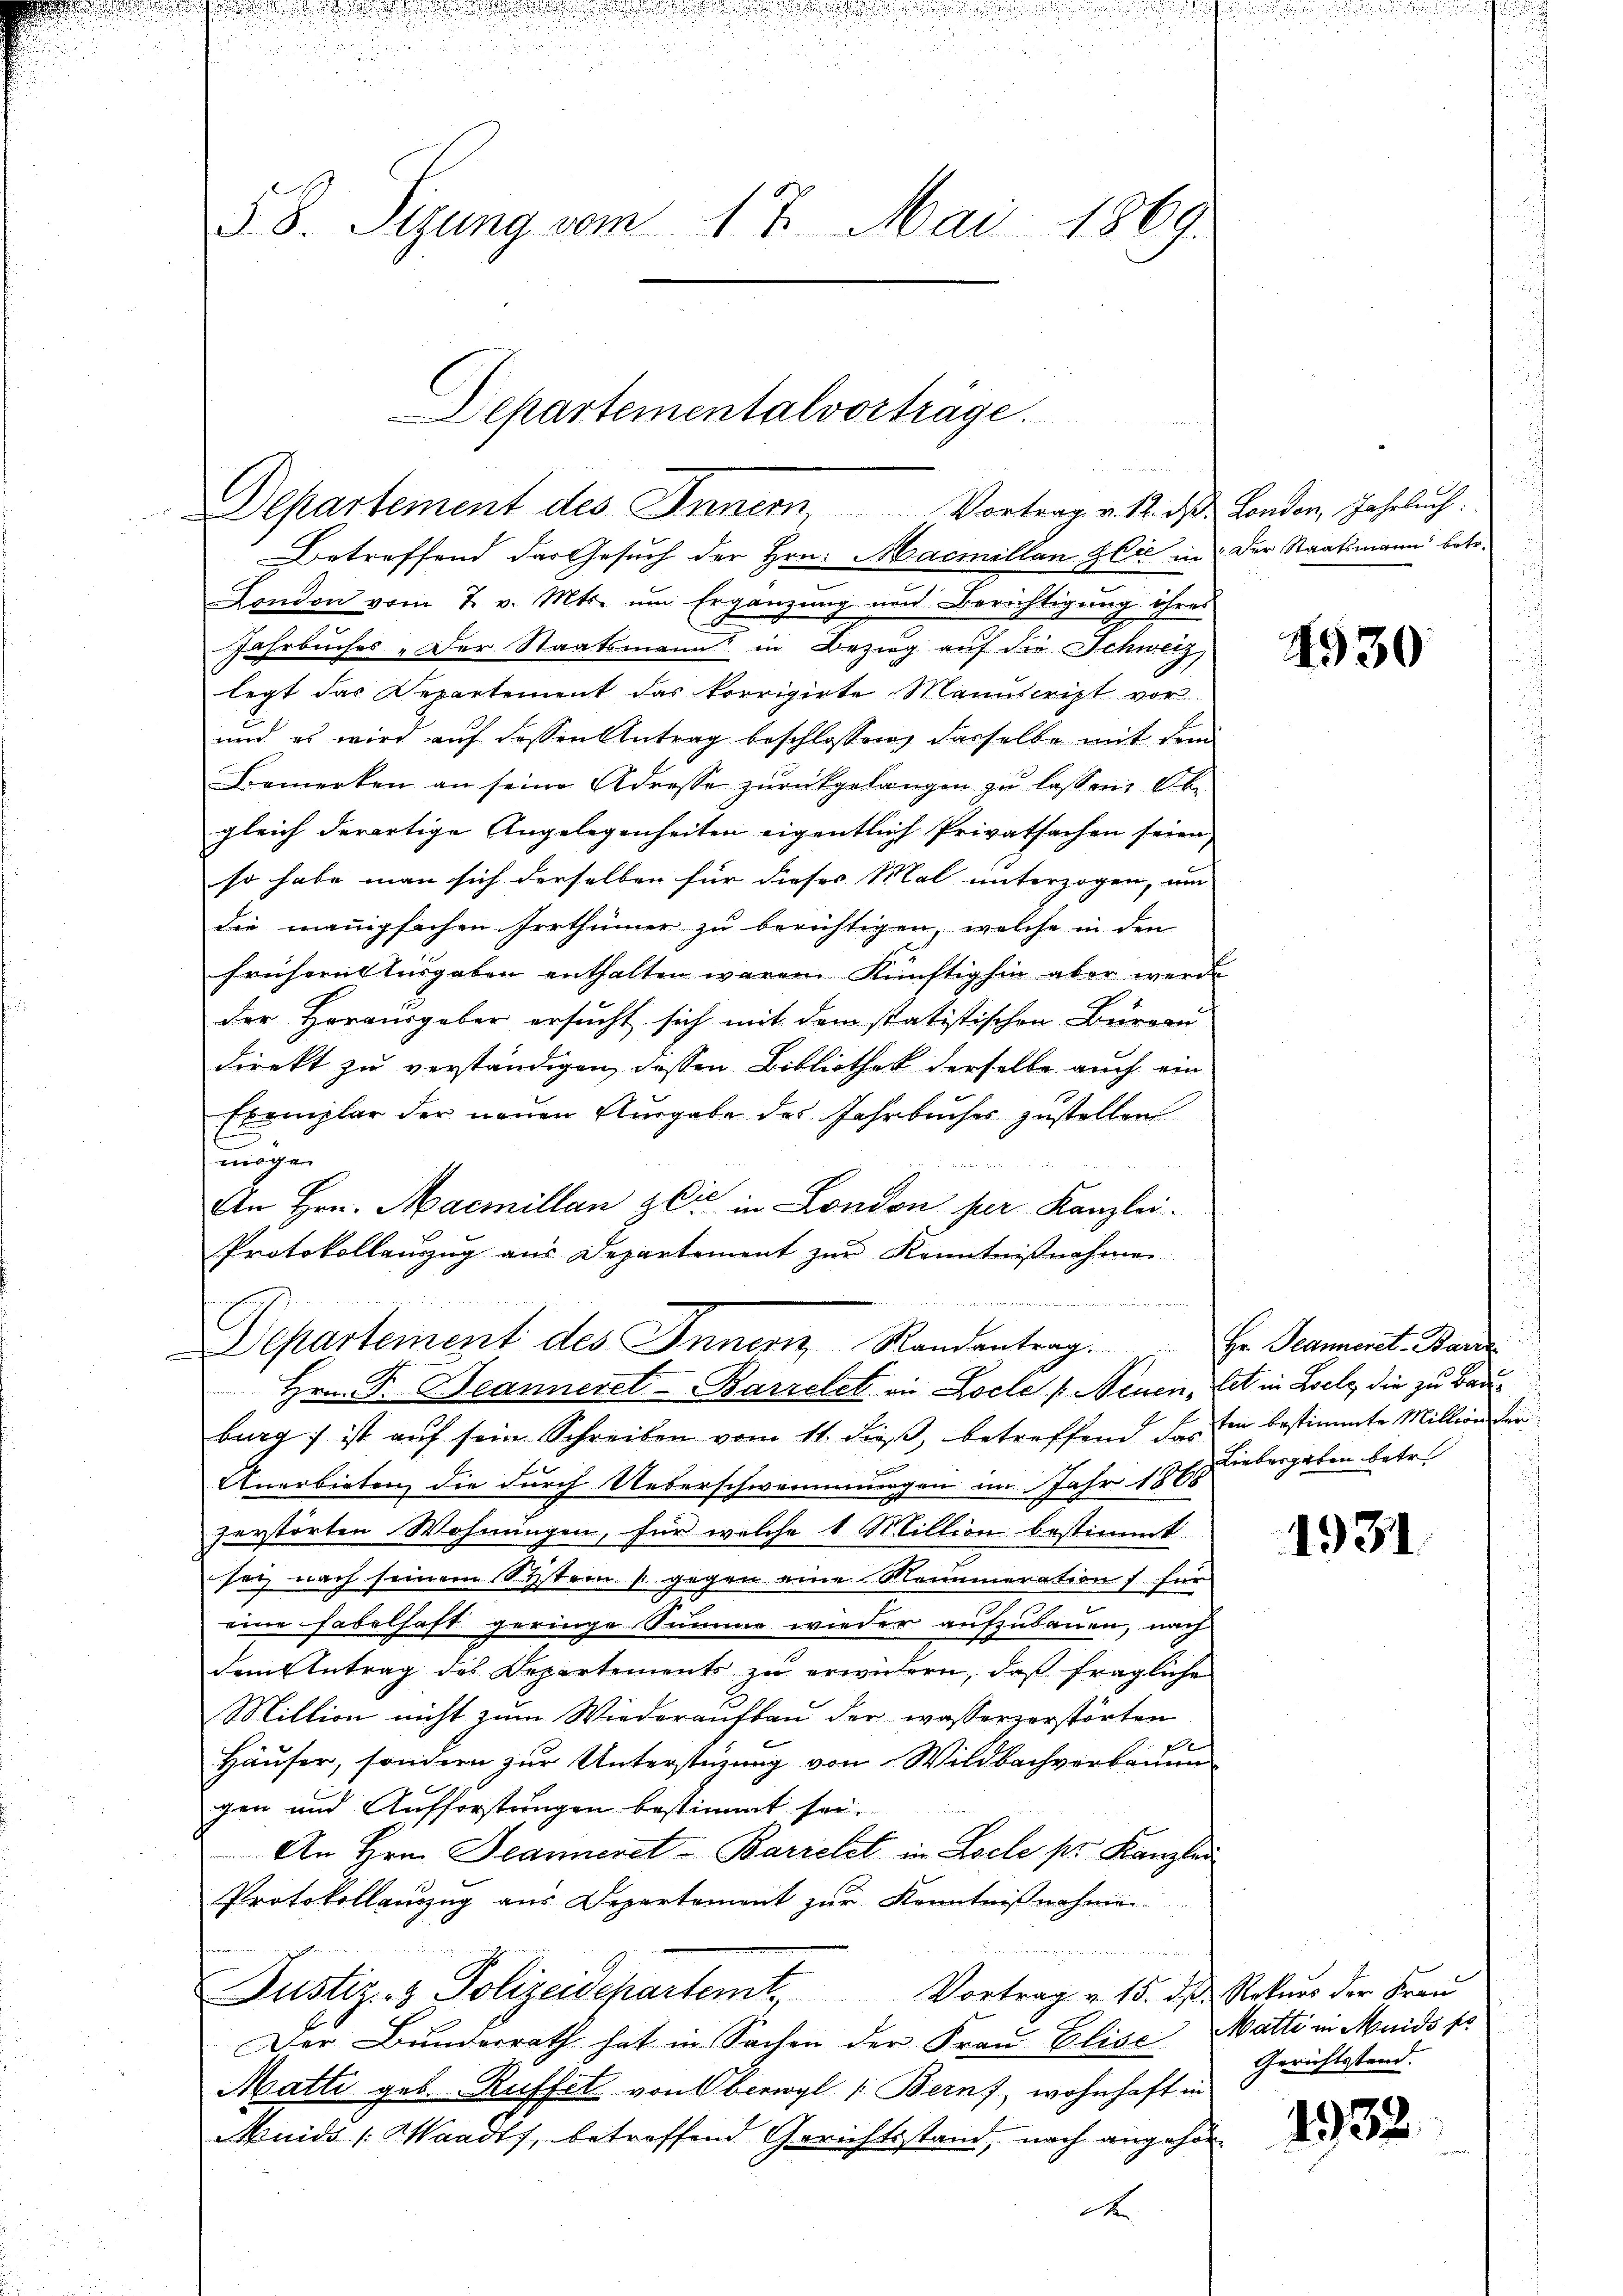
Betreffend das Gesuch der Hrn. Macmillan sie in der Staatsmann betr.
London vom 7. v. Mts. um Ergänzung und Berichtigung ihres
Jahrbuches „Der Staatsmann in Bezug auf die Schweiz
legt das Departement das korrigirte Manuscript vor
und es wird aŭf dessen Antrag beschlossen, dasselbe mit dem
Bemerken an seine Adresse zurückgelangen zu lassen. Obe
gleich derartige Angelegenheiten eigentlich Privatsachen seien,
so habe man sich derselben für dieses Mal unterzogen, um |
die manigfachen Irrthümer zu berichtigen, welche in den
frühern Ausgaben enthalten waren. Künftighin aber werd
der Horausgaber ersucht sich mit dem statistischen Bureau
direkt zu verständigen, dessen Bibliothek derselbe auch ein
Exemplar der neuen Ausgabe des Jahrbuches zustellen
mögen

An Hrn. Macmillan zeit in London per Kanzlei-
Protokollauszug aus Departement zur Kenntnißnahmen
i
Departement des Innenz Randentrag.
Hrn. F. Jeanneret-Barcelet an Locle p. Neuen, et in Loele, die zu Bauburg ist aŭf sein Schreiben vom 11. dieβ, betreffend das Ei bestimmte Million der
b
Anerbieten, die durch Ueberschwemmungen im Jahr 1888
zerstörten Wohnungen, für welche 1 Million bestimmt
sey nach seinem Systern gegen eine Mammeration für
eine Fabelhaft geringe Summe wieder aufzubauen, nach
dem Antrag des Departements zu erwickern, daß fragliche
Miltion nicht zum Wiederaufbau der wasserverstörten
x
Häuser, sondern zur Unterstüzung von Wildbachverbrunn
gen und Aufforstungen bestimmt sei.
An Hrn. Jeanneret-Barielet in Locle pr. Kanzlei
Protokollauszug aus Departement zur Kenntnißnahmen
u
Vortrag v. 15. ds. Rekurs der Frau
Justiz- & Polizeidepartemt,
Der Bunderrath hat in Sachen der Frau Elise, Matti in Meids so
Matti geb. Rüffel von Oberwyl (Bern, wohnhaft in
Muids (Waadt, betreffend Gerichtsstand, nach angehör¬
A

58. Sizung vom 17. Mai 1869.

Departementalvorträge.
u
Departement des Inner, Vortrag v. 12. das London, Jahrbuch.

4930

Hr. Jeanneret-Barre
Liebesgaben betr

1931

Gerichtsstand.

1932.